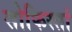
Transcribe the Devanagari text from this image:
सोफिस्तां